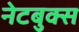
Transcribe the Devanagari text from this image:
नेटबुक्स